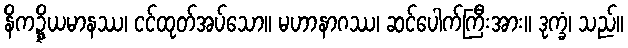
နိကဍ္ဍ္ဎိယမာနဿ၊ ငင်ထုတ်အပ်သော။ မဟာနာဂဿ၊ ဆင်ပေါက်ကြီးအား။ ဒုက္ခံ၊ သည်။